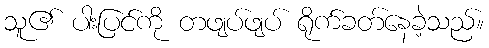
သူ၏ ပါးပြင်ကို တဖျပ်ဖျပ် ရိုက်ခတ်နေခဲ့သည်။